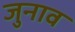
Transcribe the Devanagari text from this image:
जुनाव